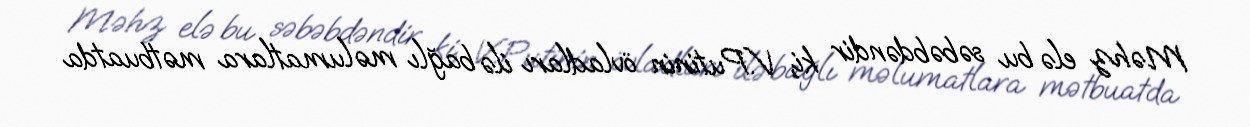
Məhz elə bu səbəbdəndir ki, V.Putinin övladları ilə bağlı məlumatlara mətbuatda